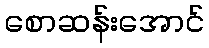
စောဆန်းအောင်